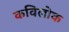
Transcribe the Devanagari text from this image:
कविलोक